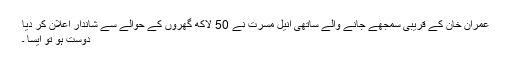
عمران خان کے قریبی سمجھے جانے والے ساتھی انیل مسرت نے 50 لاکھ گھروں کے حوالے سے شاندار اعلان کر دیا
دوست ہو تو ایسا ۔